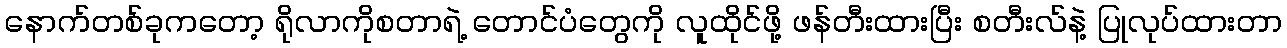
နောက်တစ်ခုကတော့ ရိုလာကိုစတာရဲ့ တောင်ပံတွေကို လူထိုင်ဖို့ ဖန်တီးထားပြီး စတီးလ်နဲ့ ပြုလုပ်ထားတာ